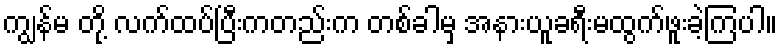
ကျွန်မ တို့ လက်ထပ်ပြီးကတည်းက တစ်ခါမှ အနားယူခရီးမထွက်ဖူးခဲ့ကြပါ။